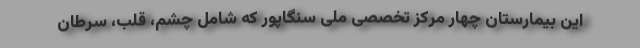
این بیمارستان چهار مرکز تخصصی ملی سنگاپور که شامل چشم، قلب، سرطان